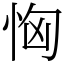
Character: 恟